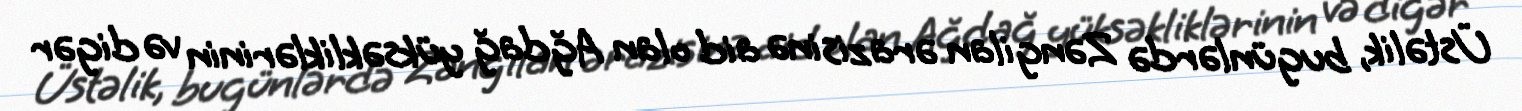
Üstəlik, bugünlərdə Zəngilan ərazisinə aid olan Ağdağ yüksəkliklərinin və digər